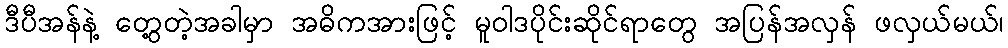
ဒီပီအန်နဲ့ တွေ့တဲ့အခါမှာ အဓိကအားဖြင့် မူဝါဒပိုင်းဆိုင်ရာတွေ အပြန်အလှန် ဖလှယ်မယ်၊